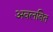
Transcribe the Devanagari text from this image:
अवलबित